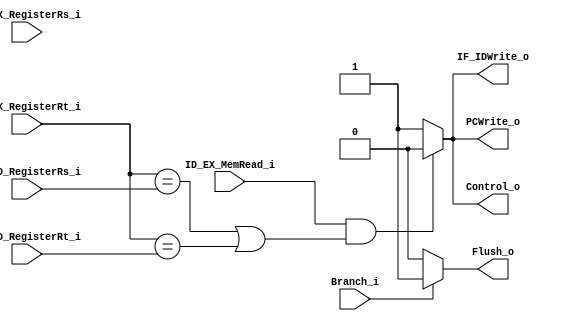
`timescale 1ns / 1ps
//Subject:     CO project 5 - Forward Unit
//--------------------------------------------------------------------------------
//Version:     1
//--------------------------------------------------------------------------------
//Writer:      
//----------------------------------------------
//Date:        
//----------------------------------------------
//Description: 
//--------------------------------------------------------------------------------
module HazardUnit(
	IF_ID_RegisterRs_i,
	IF_ID_RegisterRt_i,
	ID_EX_MemRead_i,
	ID_EX_RegisterRs_i,
	ID_EX_RegisterRt_i,
	Branch_i,
	PCWrite_o,
	IF_IDWrite_o,
	Control_o,
	Flush_o
);

// I/O ports
input [5-1:0] IF_ID_RegisterRs_i;
input [5-1:0] IF_ID_RegisterRt_i;
input 		  ID_EX_MemRead_i;
input		  Branch_i;
input [5-1:0] ID_EX_RegisterRs_i;
input [5-1:0] ID_EX_RegisterRt_i;

output		  PCWrite_o;
output		  IF_IDWrite_o;
output        Control_o;
output        Flush_o;


//internal signals/registers
reg		  	  PCWrite_o;
reg		  	  IF_IDWrite_o;
reg		  	  Control_o;
reg		  	  Flush_o;


//forward to input A of ALU if conditions satified
always @(*)begin
	if(ID_EX_MemRead_i &((ID_EX_RegisterRt_i == IF_ID_RegisterRs_i)|
	   (ID_EX_RegisterRt_i==IF_ID_RegisterRt_i)))
	begin
		PCWrite_o <= 0;
		IF_IDWrite_o <= 0;
		Control_o <= 0;
	end
	else begin
		PCWrite_o <= 1;
		IF_IDWrite_o <= 1;
		Control_o <= 1;
	end
end

always @(*)begin
	if(Branch_i)
		Flush_o <= 1;
	else
		Flush_o <= 0;
end

endmodule